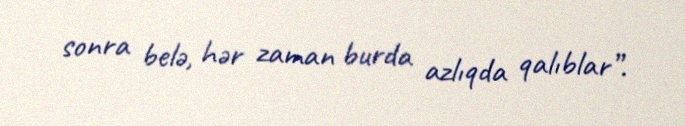
sonra belə, hər zaman burda azlıqda qalıblar”.